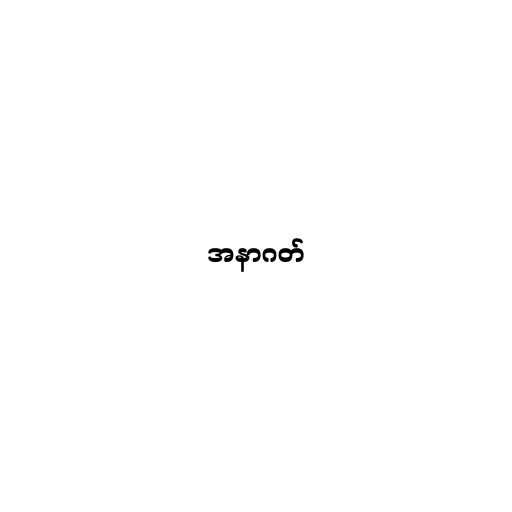
အနာဂတ်